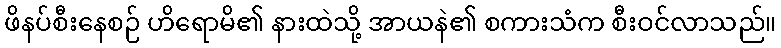
ဖိနပ်စီးနေစဉ် ဟိရောမိ၏ နားထဲသို့ အာယနဲ၏ စကားသံက စီးဝင်လာသည်။